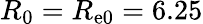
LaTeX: R_{\mathrm{0}}=R_{\mathrm{e0}}=6.25